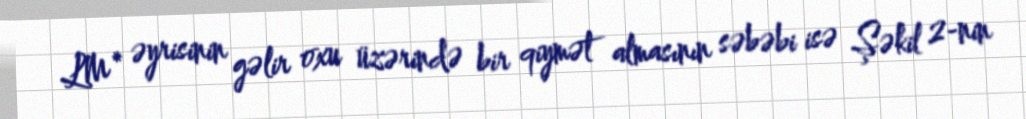
LM* əyrisinin gəlir oxu üzərində bir qiymət almasının səbəbi isə Şəkil 2-nin